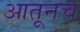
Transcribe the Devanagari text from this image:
आतूनच